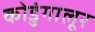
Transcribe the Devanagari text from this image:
कोडुंगालूर